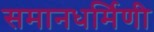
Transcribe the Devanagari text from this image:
समानधर्मिणी